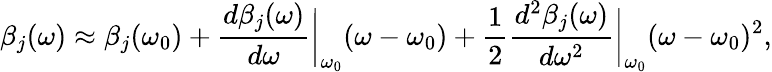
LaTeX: \beta_{j}(\omega)\approx\beta_{j}(\omega_{0})+\frac{d\beta_{j}(\omega)}{d\omega}\bigg\rvert_{\omega_{0}}(\omega-\omega_{0})+\frac{1}{2}\frac{d^{2}\beta_{j}(\omega)}{d\omega^{2}}\bigg\rvert_{\omega_{0}}(\omega-\omega_{0})^{2},